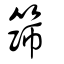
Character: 篩